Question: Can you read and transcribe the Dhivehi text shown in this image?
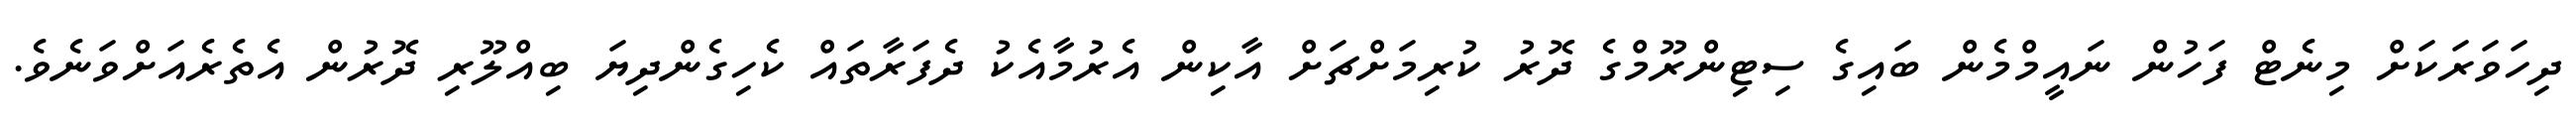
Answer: ދިހަވަރަކަށް މިނެޓް ފަހުން ނައީމްމެން ބައިގެ ސިޓިންރޫމްގެ ދޮރު ކުރިމަށްޗަށް އާކިން އެރުމާއެކު ދެފަރާތައް ކެހިގެންދިޔަ ބިއްލޫރި ދޮރުން އެތެރެއަށްވަނެވެ.